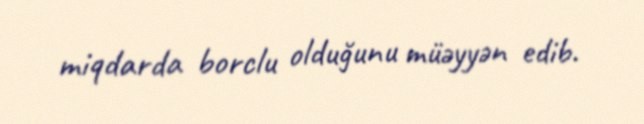
miqdarda borclu olduğunu müəyyən edib.